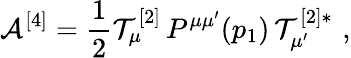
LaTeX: {\cal A}^{[4]}=\frac{1}{2}{\cal T}_{\mu}^{[2]}\, P^{\mu\mu^{\prime}}(p_{1})\, {\cal T}_{\mu^{\prime}}^{[2]*}\, \, ,